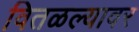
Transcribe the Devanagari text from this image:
वितळल्यावर